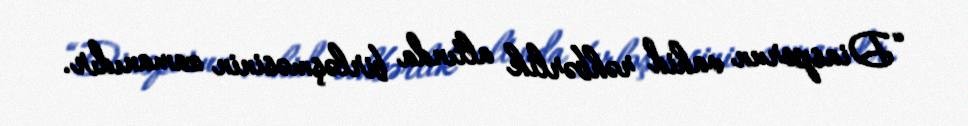
“Diasporun vahid rəhbərlik altında birləşməsinin zamanıdır.